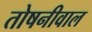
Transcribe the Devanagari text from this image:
तोषनीवाल